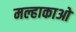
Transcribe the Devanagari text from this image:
मल्हाकाओ